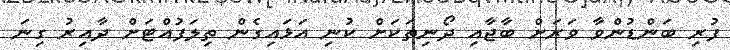
ފުރި ބަންޑުންވާ ވަރަށް ބާޖާއި ދޯނިތަކަށް ކުނި އަޅައިގެން ތިލަފުއްޓަށް ދާއިރު ގިނަ